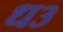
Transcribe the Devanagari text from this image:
ध३